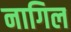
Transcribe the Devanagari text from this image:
नागिल